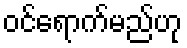
ဝင်ရောက်မည်ဟု